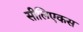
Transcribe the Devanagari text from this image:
सीलिएकस